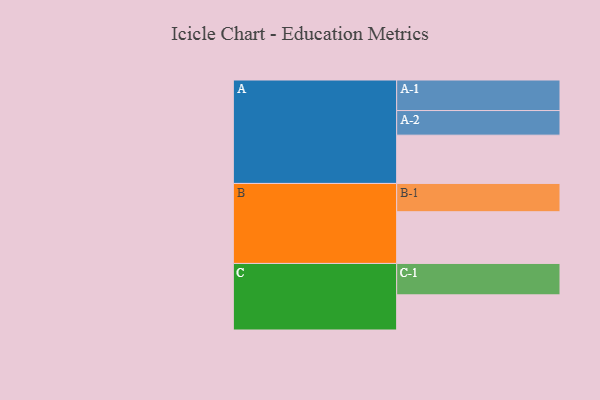
{"axis": {"x": "Segment", "y": "Value"}, "legend": ["", "A", "B", "C"], "data": [{"x": "A", "y": 449, "type": ""}, {"x": "B", "y": 481, "type": ""}, {"x": "C", "y": 327, "type": ""}, {"x": "A-1", "y": 284, "type": "A"}, {"x": "A-2", "y": 229, "type": "A"}, {"x": "B-1", "y": 263, "type": "B"}, {"x": "C-1", "y": 292, "type": "C"}]}